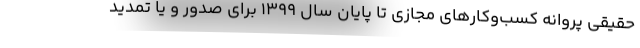
حقیقی پروانه کسب‌وکارهای مجازی تا پایان سال ۱۳۹۹ برای صدور و یا تمدید